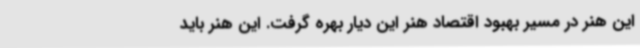
این هنر در مسیر بهبود اقتصاد هنر این دیار بهره گرفت. این هنر باید